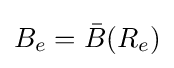
B_{e}={\bar {B}}(R_{e})